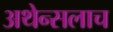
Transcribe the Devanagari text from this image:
अथेन्सलाच